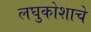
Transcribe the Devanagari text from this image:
लघुकोशाचे